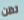
تظن